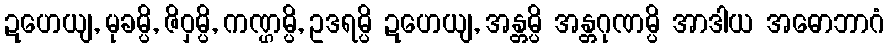
ဍဟေယျ, မုခမ္ပိ, ဇိဝှမ္ပိ, ကဏ္ဌမ္ပိ, ဥဒရမ္ပိ ဍဟေယျ, အန္တမ္ပိ အန္တဂုဏမ္ပိ အာဒါယ အဓောဘာဂံ